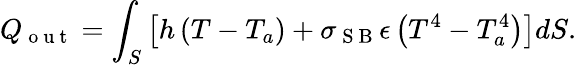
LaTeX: Q_{\mathrm{~o~u~t~}}=\int_{S}\left[h\left(T-T_{a}\right)+\sigma_{\mathrm{~S~B~}}\epsilon\left(T^{4}-T_{a}^{4}\right)\right]dS.